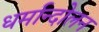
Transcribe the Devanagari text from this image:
धर्मान्दोलन